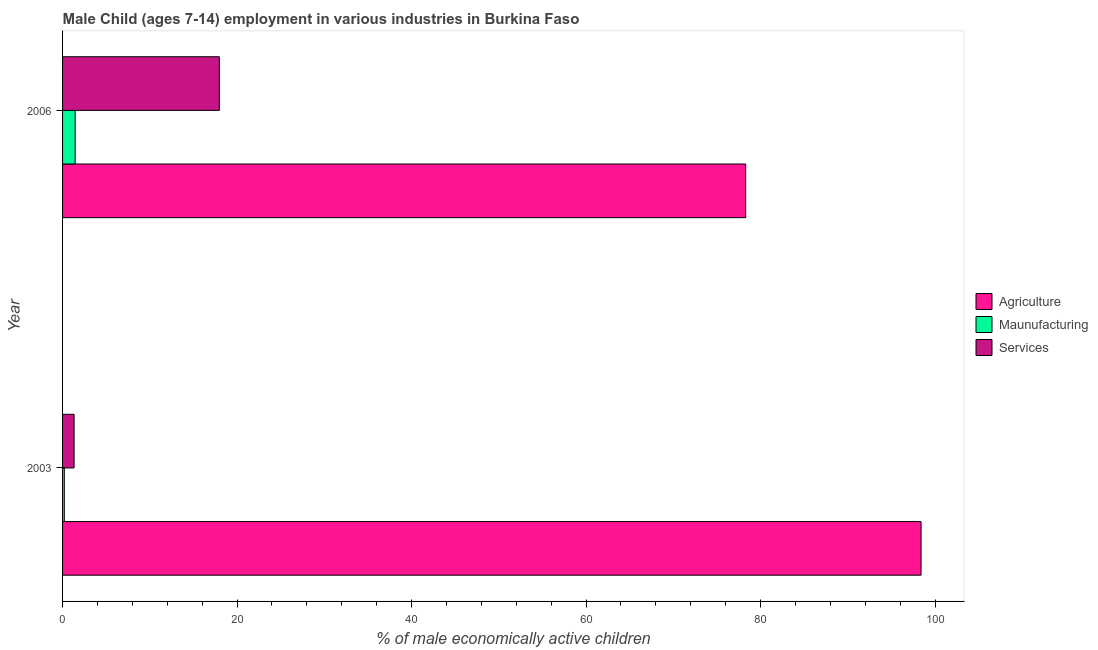
| Year | Agriculture | Maunufacturing | Services |
 | --- | --- | --- | --- |
 | 2003 | 98.4 | 0.2 | 1.32 |
 | 2006 | 78.3 | 1.44 | 18 |